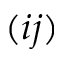
( i j )